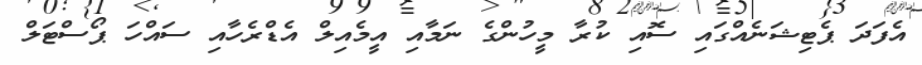
އެފަދަ ޕެޓިޝަނެއްގައި ސޮއި ކުރާ މީހުންގެ ނަމާއި އީމެއިލް އެޑްރެހާއި ސައްހަ ޕޯސްޓަލް